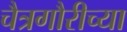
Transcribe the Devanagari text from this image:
चैत्रगौरीच्या